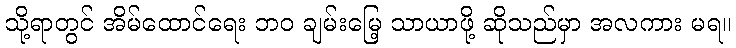
သို့ရာတွင် အိမ်ထောင်ရေး ဘဝ ချမ်းမြေ့ သာယာဖို့ ဆိုသည်မှာ အလကား မရ။